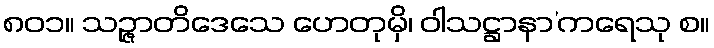
၈၀၁။ သဉ္ဇာတိဒေသေ ဟေတုမှိ၊ ဝါသဋ္ဌာနာ’ကရေသု စ။